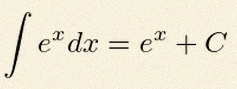
\int e^x dx=e^x+C